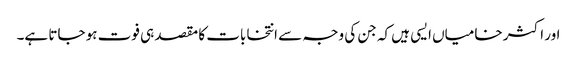
اور اکثر خامیاں ایسی ہیں کہ جن کی وجہ سے انتخابات کا مقصد ہی فوت ہو جاتا ہے۔